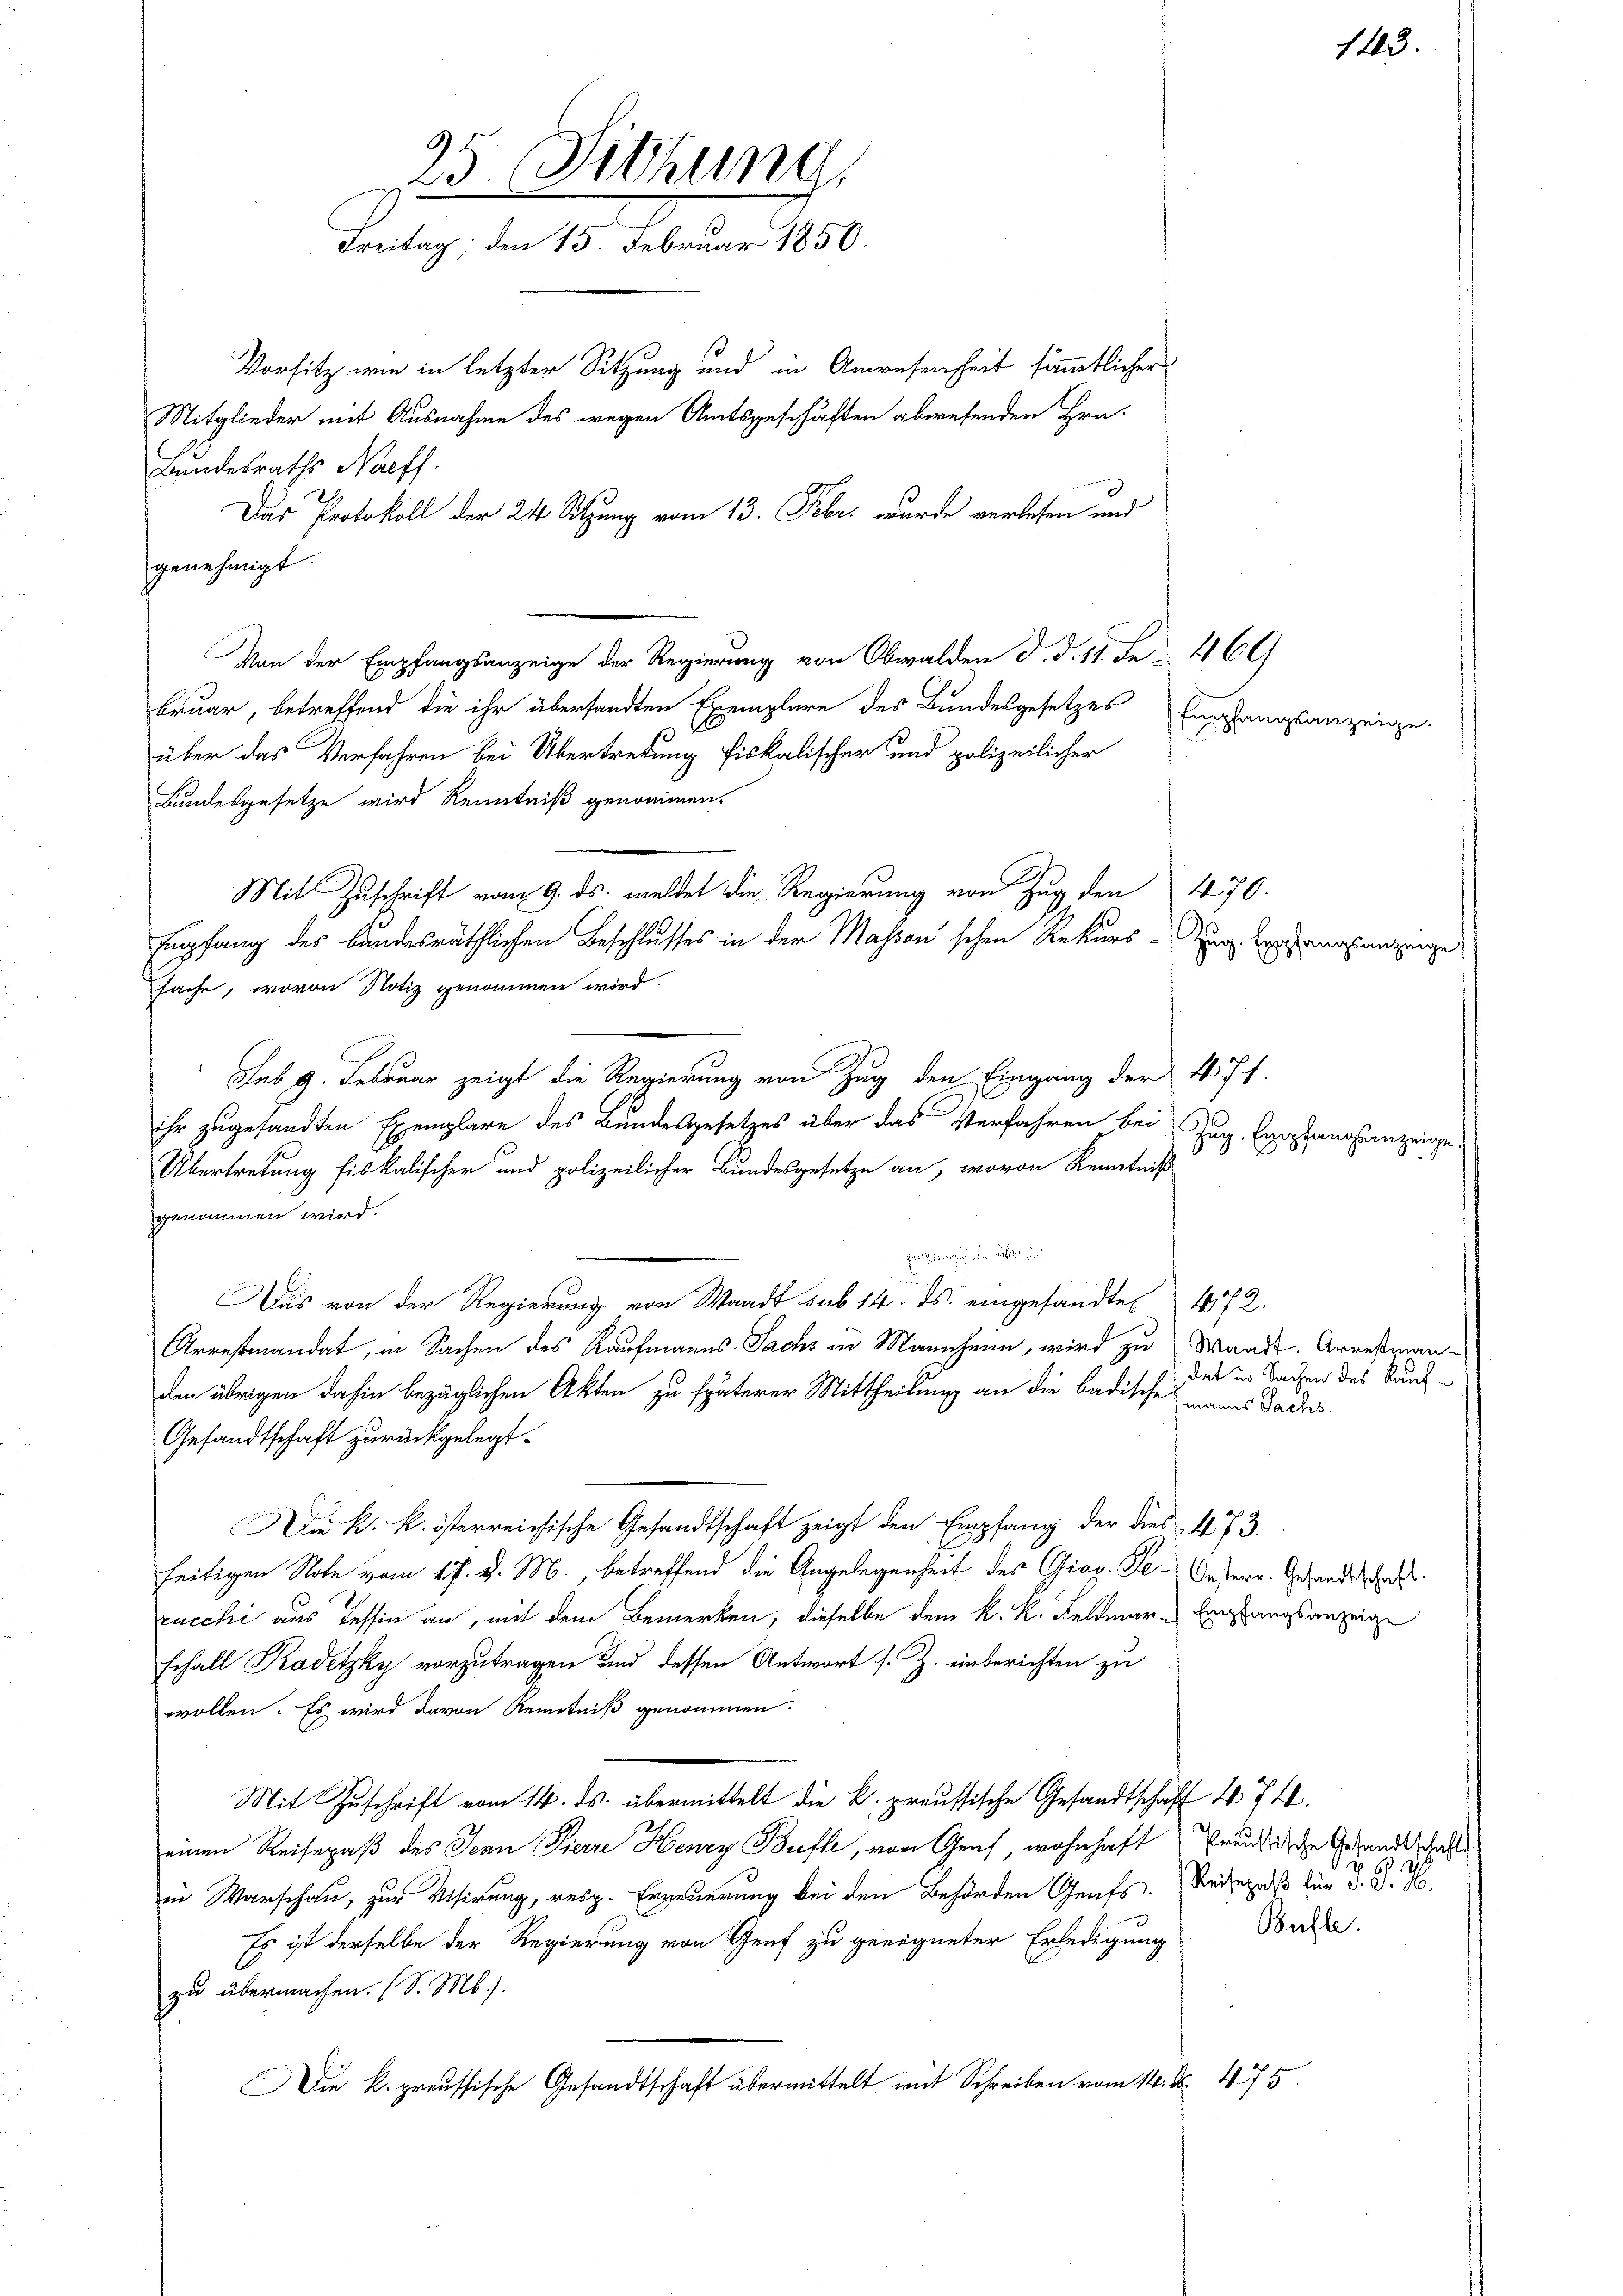
genehmigt.
Von der Empfangsanzeige der Regierung von Obwalden d. d. 11. Se 469
bruar, betreffend die ihr übersandten Exemplare des Bundesgesetzes
1
über das Verfahren bei Übertretung fiskalischer und polizeilicher
Bundesgesetze wird Kenntniß genommen.
ihr zugesandten Exemplare des Bundesgesetzes über das Verfahren bei
Übertretung fiskalischer und polizeilicher Bundesgesetze an, wovon Kenntniß
genommen wird.
Zeichen sich in aber
Das von der Regierung von Waadt sub 14. ds. eingesandte 472.
Arrestmandat, in Sachen des Kaufmanns Sachs in Mannhenn, wird zu Waadt. Arrestian-
den übrigen dahin bezüglichen Akten zu späterer Mittheilung an die badische mains Bades.
Gesandtschaft zurückgelegt.
Die k. k. österreichische Gesandtschaft zeigt den Empfang der dies 473.
seitigen Note vom 17. d. M., betreffend die Angelegenheit des Giov. Se. Unsern. Gesandtschaf
zucchi aus Tessin an, mit dem Bemerken, dieselbe dem k. k. Feldmar - Emstangsanzeige
Echall Kadetzky vorzutragen und dessen Antwort s. Z. einberichten zu
wollen. Es wird davon Kenntniß genommen.
Mit Zuschrift vom 14. ds. übermittelt die k. preussische Gesandtschaft 474.
einen Reisepaß des Jean Pierre Henry Buffe, von Genf, wohnhaft Preußische Gesandtschaft
in Warschau, zur Visirung, resp. Erneuerung bei den Behörden Genfs. Reisenaß für d. J. H.
Es ist derselbe der Regierung von Genf zu geeigneter Erledigung
zu übermachen. (S. M.).
Die k. preussische Gesandtschaft übermittelt mit Schreiben vom 14. ds. 475.

sache, wovon Notiz genommen wird.

25. Sitzung,
Freitag, den 15. Februar 1850.
Vorsitz wie in letzter Sitzung und in Anwesenheit sämmtlicher
Mitglieder mit Ausnahme des wegen Amtsgeschäften abwesenden Hrn.
Bundesraths Naeff.
Das Protokoll der 24 Sitzung vom 13. Febr. wurde verlesen und

Mit Zuschrift vom 9. ds. meldet die Regierung von Zug den
Empfang des bandesräthlichen Beschlusses in der Massen schen Rekurs - Zug, Experungsanzeige

sub 9. Februar zeigt die Regierung von Zug den Eingang der 471.

Empfangsanzeig

4. 70.

Zug. Empfangsanzeige.

dat in Sachen des Kauf¬

Büfle.

143.

627